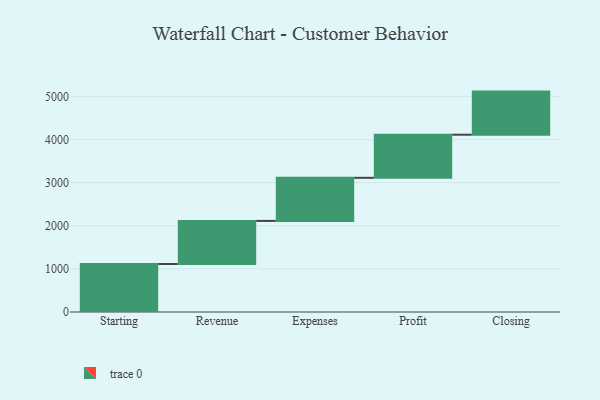
{"axis": {"x": "Step", "y": "Value"}, "legend": [""], "data": [{"x": "Starting", "y": 1113.0, "type": ""}, {"x": "Revenue", "y": 1000, "type": ""}, {"x": "Expenses", "y": 1000, "type": ""}, {"x": "Profit", "y": 1000, "type": ""}, {"x": "Closing", "y": 1000, "type": ""}]}